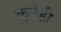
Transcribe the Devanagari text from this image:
कुत्रेही